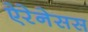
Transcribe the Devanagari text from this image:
ऐरेनेसस